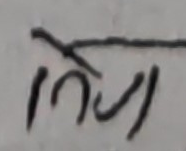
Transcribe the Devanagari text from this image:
गेरम